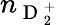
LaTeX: n_{\mathrm{~D~}_{2}^{+}}